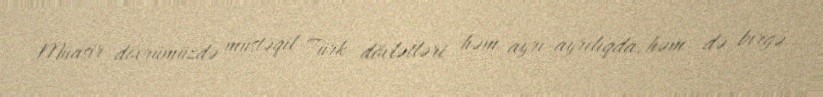
Müasir dövrümüzdə müstəqil Türk dövlətləri həm ayrı-ayrılıqda, həm də birgə